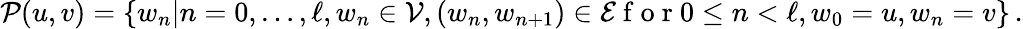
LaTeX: \mathcal{P}(u,v)=\{ w_{n}|n=0,\ldots,\ell,w_{n}\in\mathcal{V},(w_{n},w_{n+1})\in\mathcal{E}\mathrm{~f~o~r~}0\leq n<\ell,w_{0}=u,w_{n}=v\} \, .